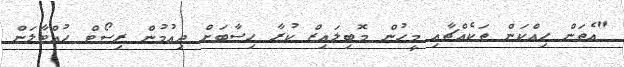
"އެތަން ހިއްކަން ތަކެއްޗާއި މީހުން މޮބިލައިޒް ކުރާ ހިސާބަށް ދިއުމުން ރިސޯޓް ހުއްޓާލަން